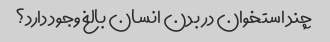
چند استخوان در بدن انسان بالغ وجود دارد؟